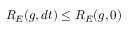
R _ { E } ( g , d t ) \leq R _ { E } ( g , 0 )